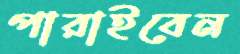
পারাইবেন